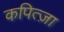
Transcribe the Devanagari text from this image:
कपित्ज़ा